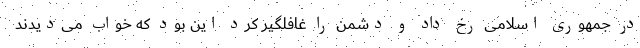
در جمهوری اسلامی رخ داد و دشمن را غافلگیر کرد این بود که خواب می‌دیدند